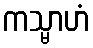
ကသ္မာဟံ